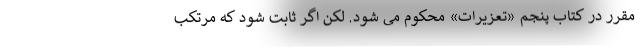
مقرر در کتاب پنجم «تعزیرات» محکوم می شود. لکن اگر ثابت شود که مرتکب